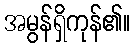
အမွန်ရှိကုန်၏။